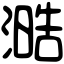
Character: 㵆